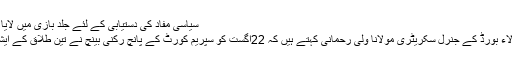
سیاسی مفاد کی دستیابی کے لئے جلد بازی میں لایا گیا بل :ولی رحمانی
آل انڈیا مسلم پرسنل لاء بورڈ کے جنرل سکریٹری مولانا ولی رحمانی کہتے ہیں کہ 22اگست کو سپریم کورٹ کے پانچ رکنی بینچ نے تین طلاق کے ایشو پر فیصلہ سنا دیا ۔